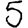
Digit: 5